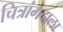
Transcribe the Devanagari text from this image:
चित्रांगदाला